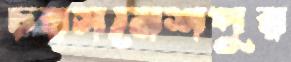
চরসমেশপুর